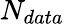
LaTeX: N_{data}